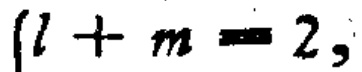
\(l + m = 2,\)